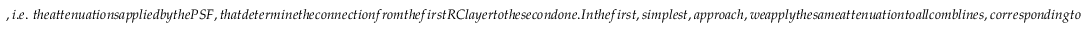
, i . e . \ t h e a t t e n u a t i o n s a p p l i e d b y t h e P S F , t h a t d e t e r m i n e t h e c o n n e c t i o n f r o m t h e f i r s t R C l a y e r t o t h e s e c o n d o n e . I n t h e f i r s t , s i m p l e s t , a p p r o a c h , w e a p p l y t h e s a m e a t t e n u a t i o n t o a l l c o m b l i n e s , c o r r e s p o n d i n g t o